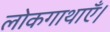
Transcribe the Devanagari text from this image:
लोकगाथाएँ।